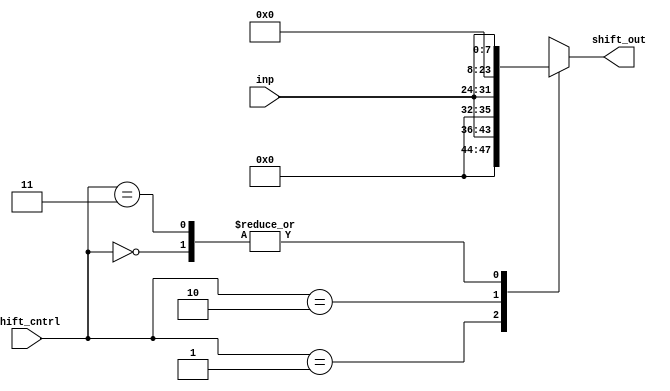
module Shifter
(
input [7:0]inp,
input [1:0]shift_cntrl ,
output reg [15:0] shift_out
);
always@(inp,shift_cntrl)

begin

case(shift_cntrl)
2'b00: shift_out=inp;
2'b01: shift_out=inp<<4;
2'b10: shift_out=inp<<8;
2'b11: shift_out=inp;
default: shift_out=16'bx;
endcase

end
endmodule